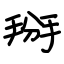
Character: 掰